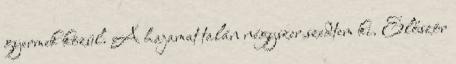
gyermek közül. A hajamat talán négyszer szedtem ki. Először